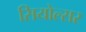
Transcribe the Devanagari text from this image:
सियोल्सर